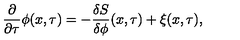
\frac { \partial } { \partial \tau } \phi ( x , \tau ) = - \frac { \delta S } { \delta \phi } ( x , \tau ) + \xi ( x , \tau ) ,